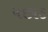
પછાડ